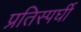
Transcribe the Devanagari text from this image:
प्रतिस्पर्घी